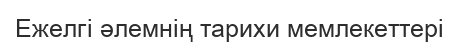
Ежелгі әлемнің тарихи мемлекеттері